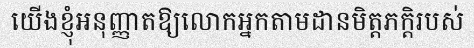
យើងខ្ញុំអនុញ្ញាតឱ្យលោកអ្នកតាមដានមិត្តភក្តិរបស់